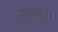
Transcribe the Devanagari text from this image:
सुन्गम